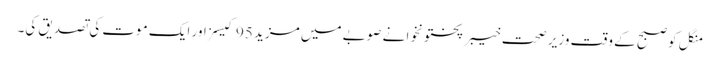
منگل کو صبح کے وقت وزیر صحت خیبرپختونخوا نے صوبے میں مزید 95 کیسز اور ایک موت کی تصدیق کی۔